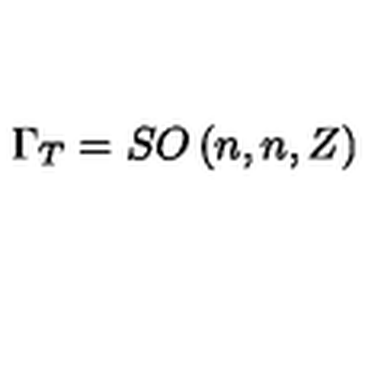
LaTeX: \Gamma _ { T } = S O \left( n , n , Z \right)